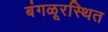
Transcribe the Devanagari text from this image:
बंगळूरस्थित